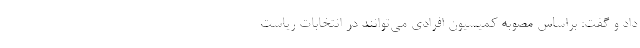
داد و گفت: براساس مصوبه کمیسیون افرادی می‌توانند در انتخابات ریاست